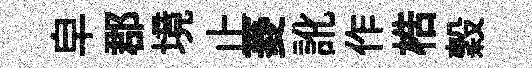
皁郡境止菱訛作梏穀